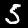
Digit: 5